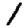
Digit: 1